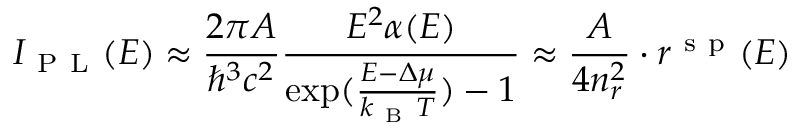
I _ { \mathrm { ~ P ~ L ~ } } ( E ) \approx \frac { 2 \pi A } { \hbar ^ { 3 } c ^ { 2 } } \frac { E ^ { 2 } \alpha ( E ) } { \exp ( \frac { E - \Delta \mu } { k _ { \mathrm { ~ B ~ } } T } ) - 1 } \approx \frac { A } { 4 n _ { r } ^ { 2 } } \cdot r ^ { \mathrm { ~ s ~ p ~ } } ( E )